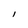
Character: l